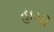
હાયી